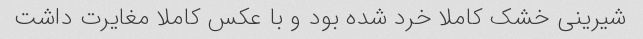
شیرینی خشک کاملا خرد شده بود و با عکس کاملا مغایرت داشت